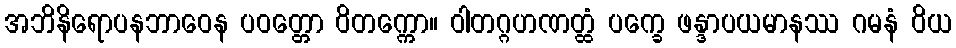
အဘိနိရောပနဘာဝေန ပဝတ္တော ဝိတက္ကော။ ဝါတဂ္ဂဟဏတ္ထံ ပက္ခေ ဖန္ဒာပယမာနဿ ဂမနံ ဝိယ